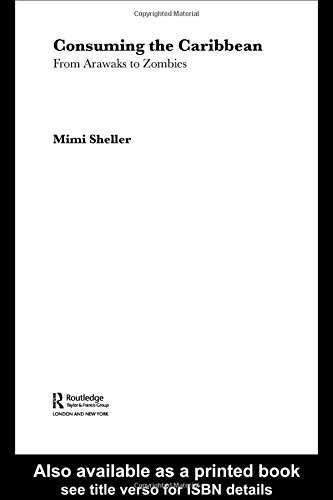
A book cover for Consuming the Caribbean: From Arawaks to Zombies (International Library of Sociology); Mimi Sheller; Business & Money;